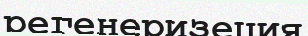
регенеризеция